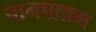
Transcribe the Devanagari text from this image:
पानपात्रम